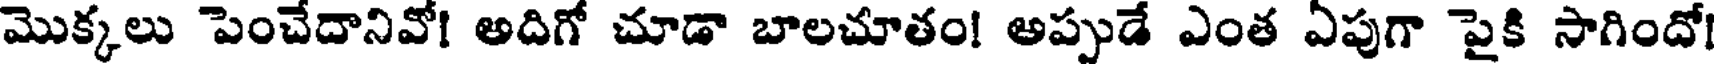
మొక్కలు పెంచేదానివో! అదిగో చూడా బాలచూతం! అప్పుడే ఎంత ఏపుగా పైకి సాగిందో